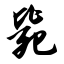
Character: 毙